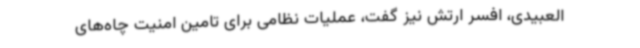
العبیدی،‌ افسر ارتش نیز گفت، عملیات نظامی برای تامین امنیت چاه‌های